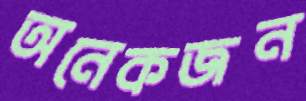
অনেকজন